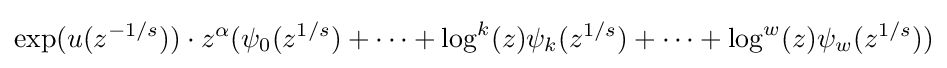
\exp(u(z^{-1/s}))\cdot z^{\alpha }(\psi _{0}(z^{1/s})+\cdots +\log ^{k}(z)\psi _{k}(z^{1/s})+\cdots +\log ^{w}(z)\psi _{w}(z^{1/s}))